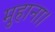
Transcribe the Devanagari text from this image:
मुहाना।